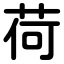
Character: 荷